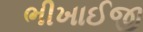
ભીખાઈજી